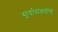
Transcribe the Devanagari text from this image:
सूर्यासंबंधीचे